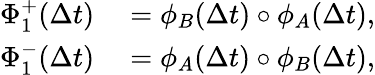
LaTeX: \begin{array}{rl}{\Phi_{1}^{+}(\Delta t)}&{{}=\phi_{B}(\Delta t)\circ\phi_{A}(\Delta t),}\\ {\Phi_{1}^{-}(\Delta t)}&{{}=\phi_{A}(\Delta t)\circ\phi_{B}(\Delta t),}\end{array}